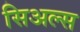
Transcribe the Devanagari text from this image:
सिअल्स